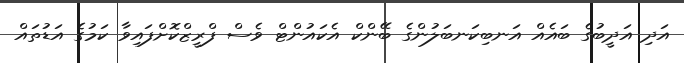
އަދި އަދީބުގެ ބައެއް އަނބިކަނބަލުންގެ ބޭންކް އެކައުންޓް ވެސް ފްރީޒްކޮށްފައިވާ ކަމުގެ އަޑުތައް